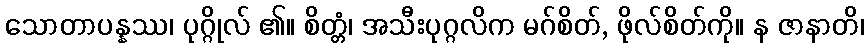
သောတာပန္နဿ၊ ပုဂ္ဂိုလ် ၏။ စိတ္တံ၊ အသီးပုဂ္ဂလိက မဂ်စိတ်, ဖိုလ်စိတ်ကို။ န ဇာနာတိ၊